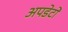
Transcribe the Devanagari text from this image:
अपडेटों